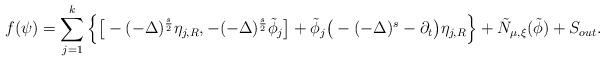
LaTeX: \begin{align*}f(\psi)= \sum_{j=1}^k\left\{\big[-(-\Delta)^{\frac{s}{2}}\eta_{j, R},-(-\Delta)^{\frac{s}{2}}\tilde{\phi}_j\big] + \tilde{\phi}_j\big(-(-\Delta)^{s} -\partial_t\big)\eta_{j, R}\right\} + \tilde{N}_{\mu, \xi}(\tilde{\phi}) + S_{out}.\end{align*}